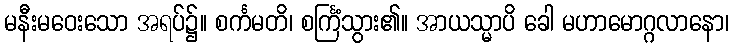
မနီးမဝေးသော အရပ်၌။ စင်္ကမတိ၊ စင်္ကြံသွား၏။ အာယသ္မာပိ ခေါ မဟာမောဂ္ဂလာနော၊